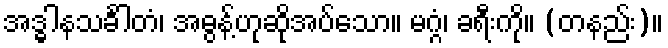
အဒ္ဓါနသင်္ခါတံ၊ အဓွန့်ဟုဆိုအပ်သော။ မဂ္ဂံ၊ ခရီးကို။ (တနည်း)။